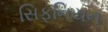
સિફનિયન